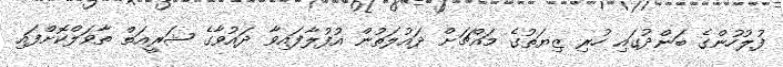
ފުލުހުންގެ ބަންދުގައި ހުރި ޒިޔަތުގެ މައްޗަށް ދައުލަތުން އުފުލާފައިވާ ދައުވާގެ ޝަރީއަތް ތާވަލްކޮށްފައި